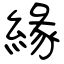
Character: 緣